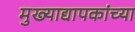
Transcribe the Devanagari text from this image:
मुख्‍याद्यापकांच्‍या